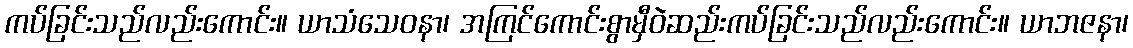
ကပ်ခြင်းသည်လည်းကောင်း။ ယာသံသေဝနာ၊ အကြင်ကောင်းစွာမှီဝဲဆည်းကပ်ခြင်းသည်လည်းကောင်း။ ယာဘဇနာ၊